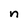
Character: n